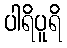
ပါရိပူရိ